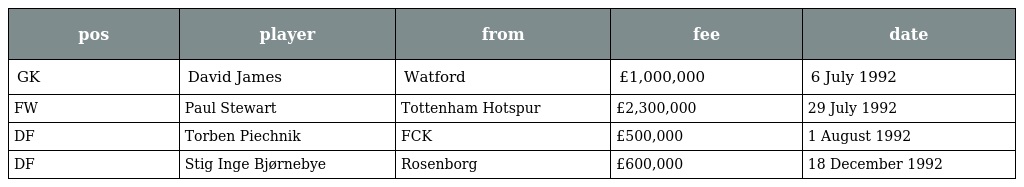
| pos | player | from | fee | date |
 | --- | --- | --- | --- | --- |
 | GK | David James | Watford | £1,000,000 | 6 July 1992 |
 | FW | Paul Stewart | Tottenham Hotspur | £2,300,000 | 29 July 1992 |
 | DF | Torben Piechnik | FCK | £500,000 | 1 August 1992 |
 | DF | Stig Inge Bjørnebye | Rosenborg | £600,000 | 18 December 1992 |